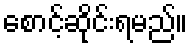
စောင့်ဆိုင်းရမည်။